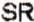
SR